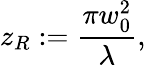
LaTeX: z_{R}:=\frac{\pi w_{0}^{2}}{\lambda},